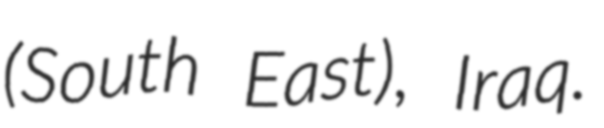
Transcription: (South East), Iraq.